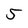
Character: 5